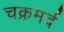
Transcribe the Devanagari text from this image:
चक्रमर्द